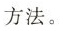
方法。